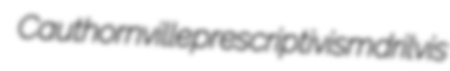
Cauthornville prescriptivism drilvis